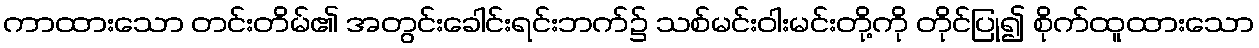
ကာထားသော တင်းတိမ်၏ အတွင်းခေါင်းရင်းဘက်၌ သစ်မင်းဝါးမင်းတို့ကို တိုင်ပြု၍ စိုက်ထူထားသော